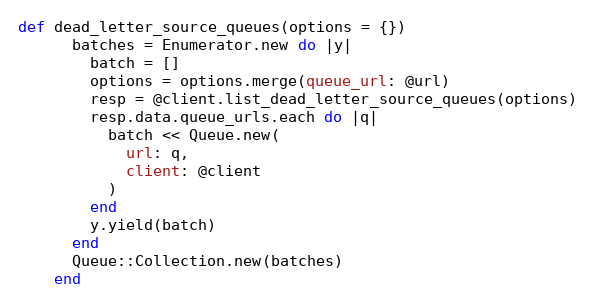
Language: Ruby
def dead_letter_source_queues(options = {})
      batches = Enumerator.new do |y|
        batch = []
        options = options.merge(queue_url: @url)
        resp = @client.list_dead_letter_source_queues(options)
        resp.data.queue_urls.each do |q|
          batch << Queue.new(
            url: q,
            client: @client
          )
        end
        y.yield(batch)
      end
      Queue::Collection.new(batches)
    end